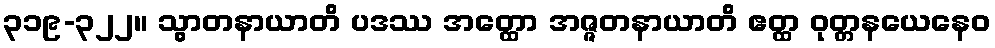
၃၁၉-၃၂၂။ သွာတနာယာတိ ပဒဿ အတ္ထော အဇ္ဇတနာယာတိ ဧတ္ထ ဝုတ္တနယေနေဝ